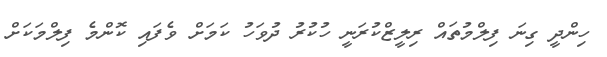
ހިންދީ ގިނަ ފިލްމުތައް ރިލީޒްްކުރަނީ ހުކުރު ދުވަހު ކަމަށް ވެފައި ކޮންމެ ފިލްމަކަށް